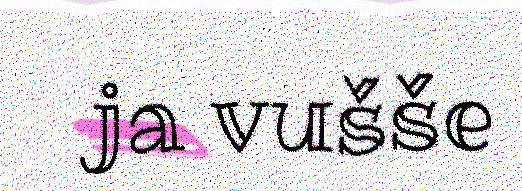
ja vušše